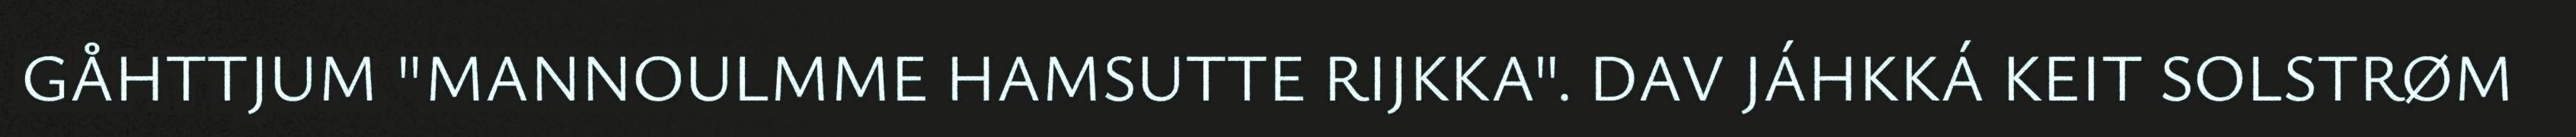
GÅHTTJUM "MANNOULMME HAMSUTTE RIJKKA". DAV JÁHKKÁ KEIT SOLSTRØM